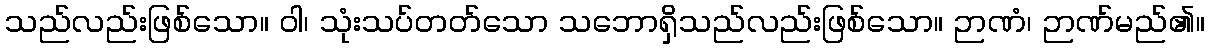
သည်လည်းဖြစ်သော။ ဝါ၊ သုံးသပ်တတ်သော သဘောရှိသည်လည်းဖြစ်သော။ ဉာဏံ၊ ဉာဏ်မည်၏။